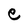
Character: e